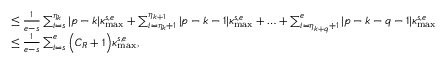
\begin{array} { r l } & { \leq \frac { 1 } { e - s } \sum _ { i = s } ^ { \eta _ { k } } | p - k | \kappa _ { \operatorname* { m a x } } ^ { s , e } + \sum _ { i = \eta _ { k } + 1 } ^ { \eta _ { k + 1 } } | p - k - 1 | \kappa _ { \operatorname* { m a x } } ^ { s , e } + \ldots + \sum _ { i = \eta _ { k + q } + 1 } ^ { e } | p - k - q - 1 | \kappa _ { \operatorname* { m a x } } ^ { s , e } } \\ & { \leq \frac { 1 } { e - s } \sum _ { i = s } ^ { e } \Big ( C _ { R } + 1 \Big ) \kappa _ { \operatorname* { m a x } } ^ { s , e } , } \end{array}